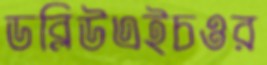
ডব্লিউএইচওর